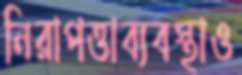
নিরাপত্তাব্যবস্থাও